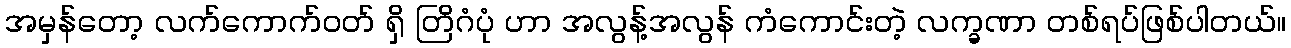
အမှန်တော့ လက်ကောက်ဝတ် ရှိ တြိဂံပုံ ဟာ အလွန့်အလွန် ကံကောင်းတဲ့ လက္ခဏာ တစ်ရပ်ဖြစ်ပါတယ်။